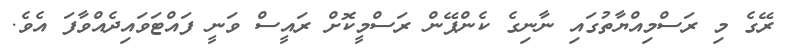
ރޭގެ މި ރަސްމިއްޔާތުގައި ނާނިގެ ކެންޕޭން ރަސްމީކޮށް ރައީސް ވަނީ ފައްޓަވައިދެއްވާފަ އެވެ.